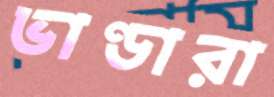
ভাণ্ডারা